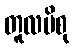
တူလပိစု